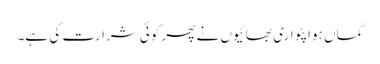
گماں ہوا پٹواری بھائیوں نے پھر کوئی شرارت کی ہے۔